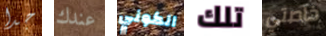
جدا عندك الكوني تلك خاصتي